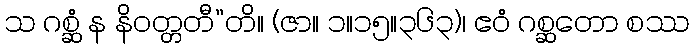
သ ဂစ္ဆံ န နိဝတ္တတီ”တိ။ (ဇာ။ ၁။၁၅။၃၆၃)၊ ဧဝံ ဂစ္ဆတော စဿ